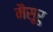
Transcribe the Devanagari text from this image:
मैसूरु